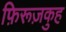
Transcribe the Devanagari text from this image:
फ़िरूज़कुह